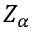
Z _ { \alpha }